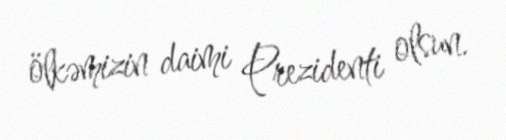
ölkəmizin daimi Prezidenti olsun.